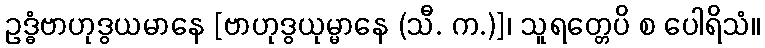
ဥဒ္ဓံဗာဟုဒွယမာနေ [ဗာဟုဒွယုမ္မာနေ (သီ. က.)]၊ သူရတ္တေပိ စ ပေါရိသံ။